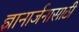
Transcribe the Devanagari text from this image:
ज्ञानार्जनासाठी